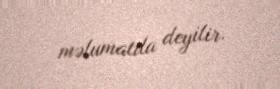
məlumatda deyilir.